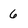
Character: 6